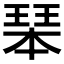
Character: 𤧆